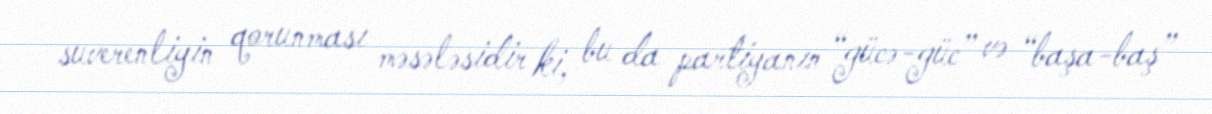
suverenliyin qorunması məsələsidir ki, bu da partiyanın “gücə-güc” və “başa-baş”